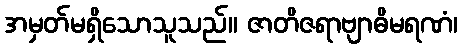
အမှတ်မရှိသောသူသည်။ ဇာတိဇရာဗျာဓိမရဏံ၊